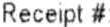
RECEIPT #